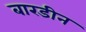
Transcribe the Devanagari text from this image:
बारडीन